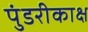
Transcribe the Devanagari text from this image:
पुंडरीकाक्ष